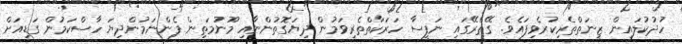
ހުދުކުލައިން ޒީނަތްތެރިކުރެވިފައެވެ. ގޭތެރޭގައި ނަފީސާ ހަރަކާތްތެރިވަމުން ދިޔަގޮތުންނާއި މޫނުމަތިން ފެންނަމުންދިޔަ ހާސްކަމުން ގަޑިއަށް